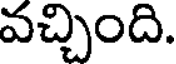
వచ్చింది.